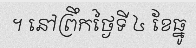
។ នៅព្រឹកថ្ងៃទី ៤ ខែធ្នូ